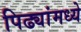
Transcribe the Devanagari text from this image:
पिढ्यांमध्ये